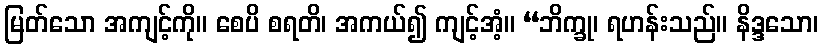
မြတ်သော အကျင့်ကို။ စေပိ စရတိ၊ အကယ်၍ ကျင့်အံ့။ “ဘိက္ခု၊ ရဟန်းသည်။ နိဒ္ဒသော၊